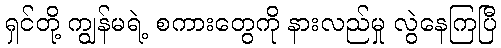
ရှင်တို့ ကျွန်မရဲ့ စကားတွေကို နားလည်မှု လွဲနေကြပြီ